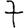
Digit: 7